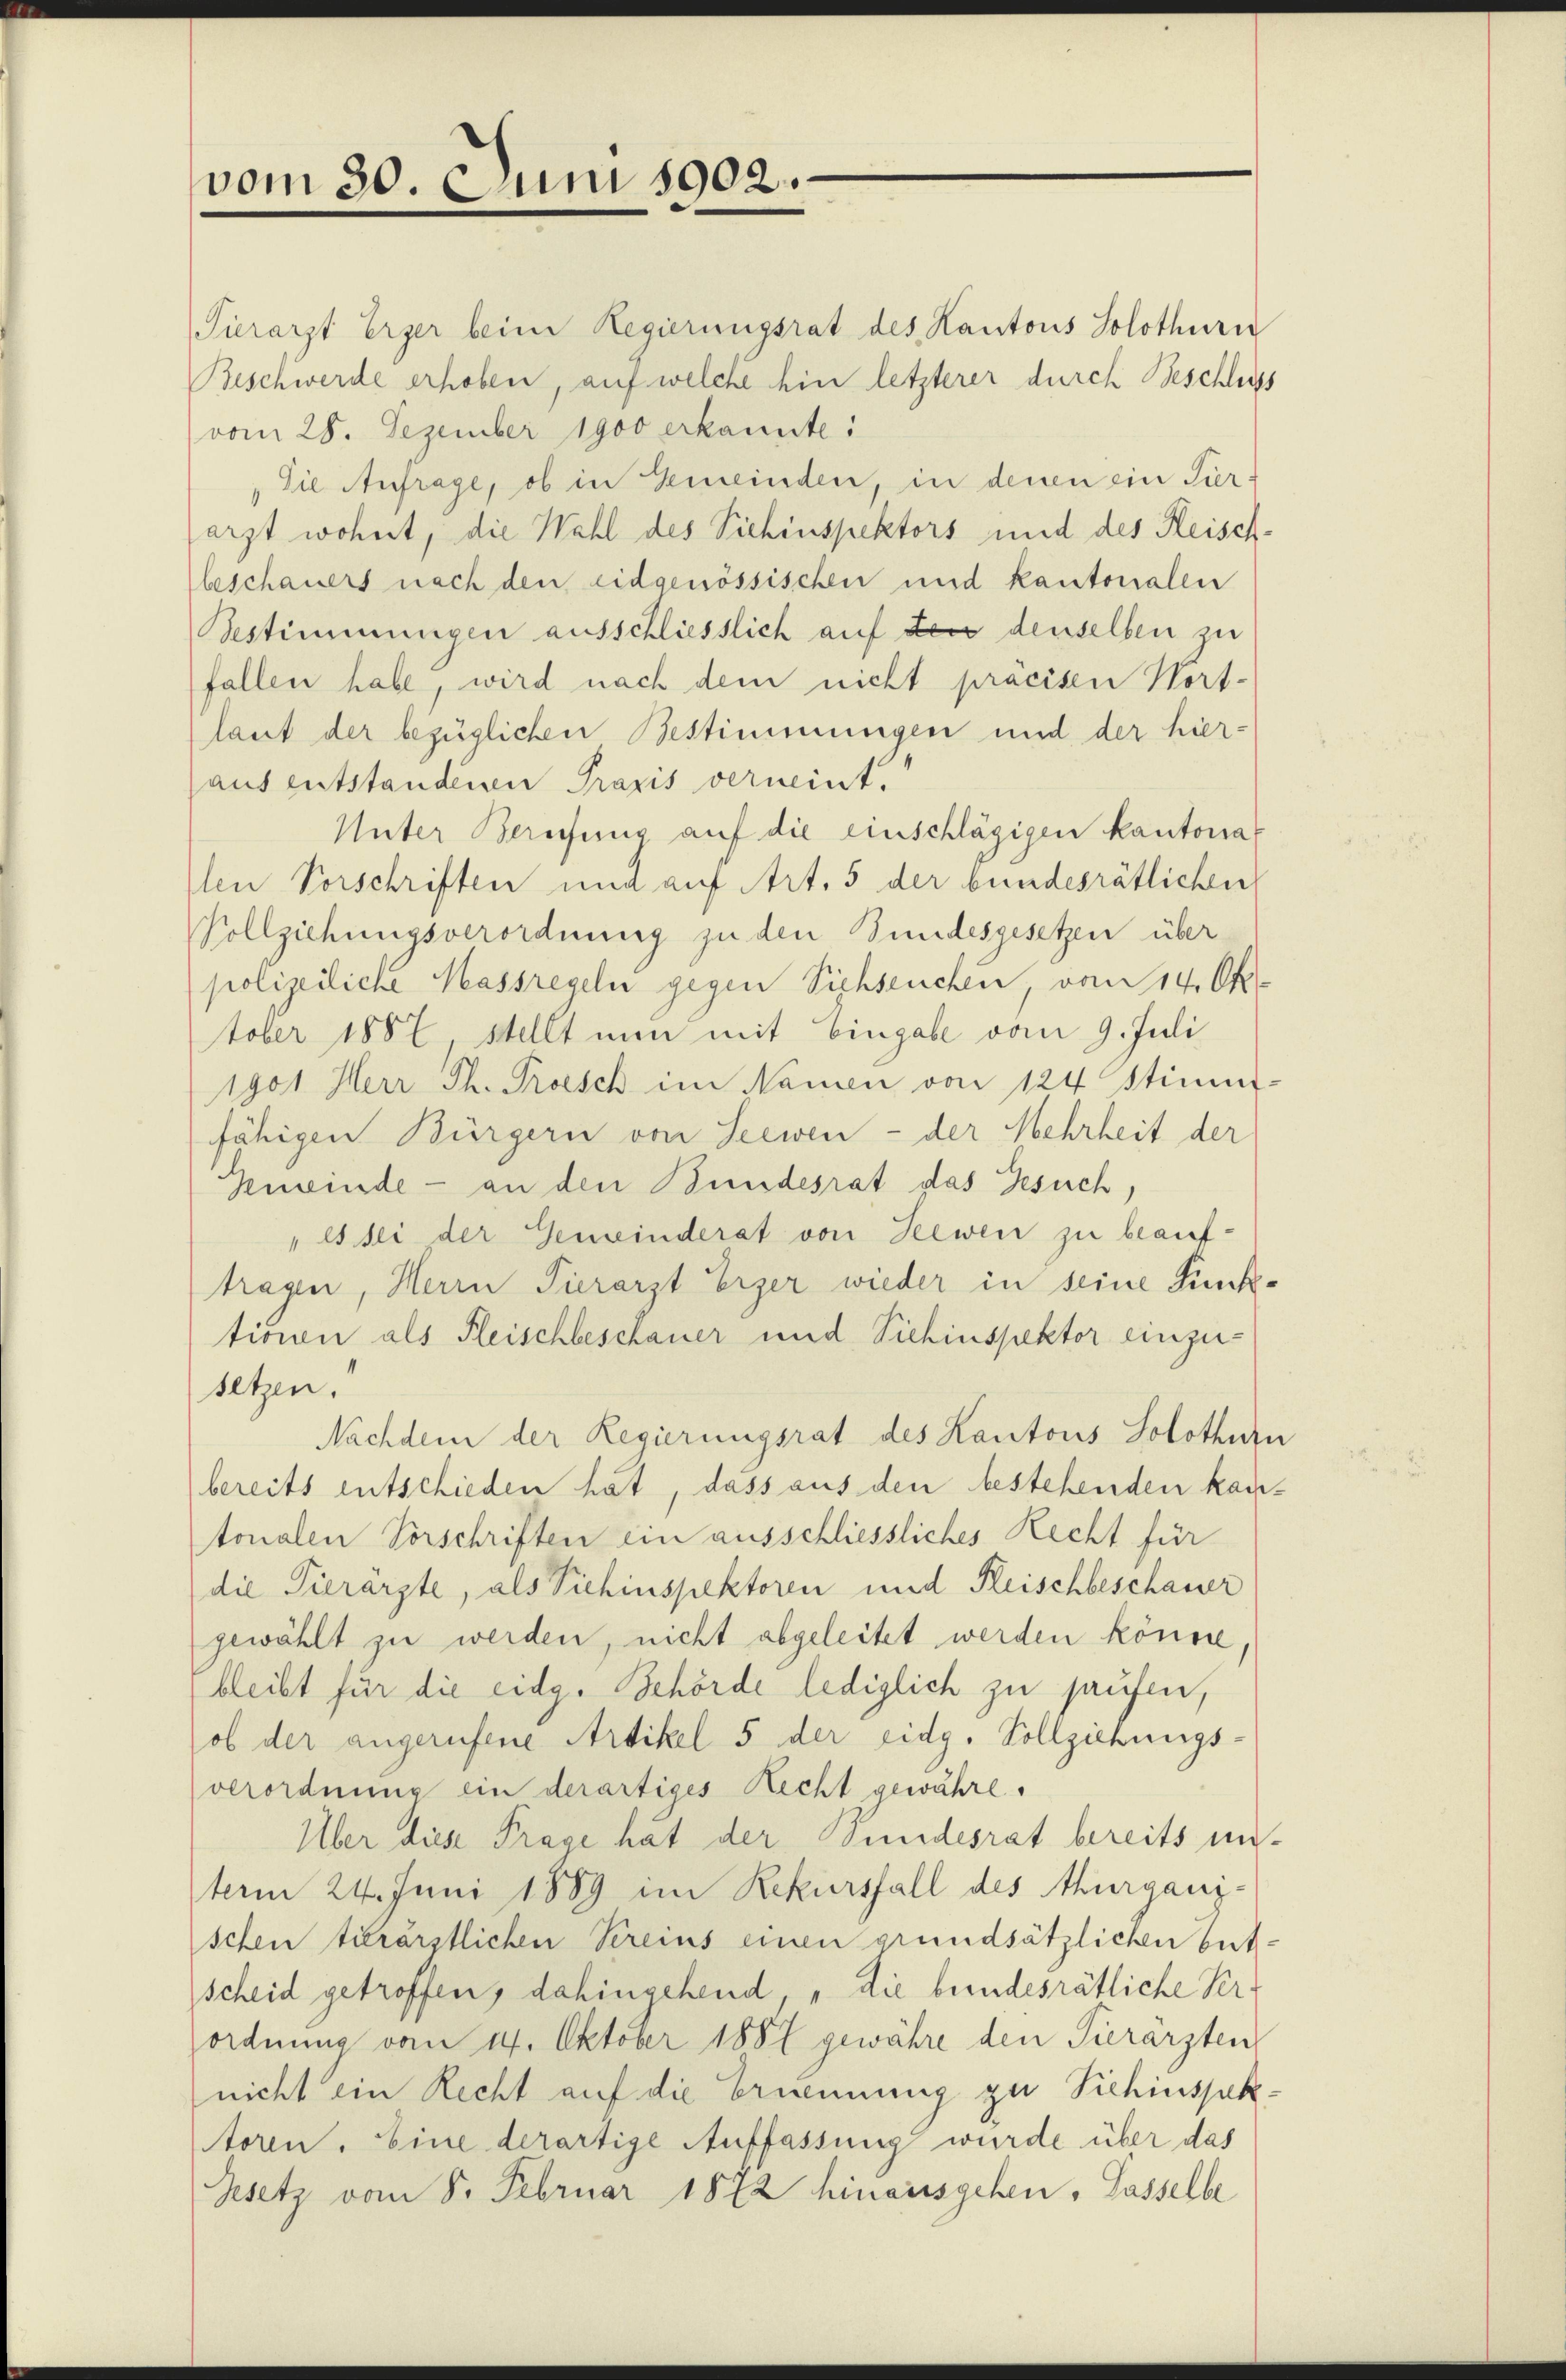
vom 30. Juni 1902.

Tierarzt Erzer beim Regierungsrat des Kantons Solothurn
Beschwerde erhoben, auf welche hin letzterer durch Beschluss
(vom 28. Dezember 1900 erkannte:
Die Anfrage, ob in Gemeinden, in denen ein Pierarzt wohnt, die Wahl des Sichinspektors und des Heisch-
beschauers nach den eidgenössischen und kantonalen
Bestimmungen ausschliesslich auf der denselben zu
fallen habe, wird nach dem nicht pracisen Wort-
laut der bezüglichen Bestimmungen und der hier-
aus entstandenen Praxis verneint.
Unter Berufung auf die einschlägigen kantonas
den Vorschriften und auf Art. 5 der bundesrätlichen
Vollziehungsverordnung zu den Bundesgesetzen über
polizeiliche Massregeln gegen Siehseuchen, von 14. Ok-
tober 1887 stellt nun mit Eingabe vom 9. Juli
1901 Herr Th. Prosch im Namen von 124 Stimm-
fähigen Bürgern von Seewen - der Mehrheit der
Gmeinde - an den Bundesrat das Gesuch,
"Es sei der Gemeinderat von Seewen zu beauftragen, Herrn Tierarzt Erzer wieder in seine Punktionen als Fleischbeschauer und Sichinspektor einzusetzen.
Nachdem der Regierungsrat des Kantons Solothurn
bereits entschieden hat, dass aus den bestehenden kautonalen Vorschriften ein ausschliessliches Recht für
die Tierarzte, als Viehinspektoren und Reischbeschauer
gewählt zu werden, nicht abgeleitet werden könne.
bleibt für die eidg. Behörde lediglich zu haufen,
ob der angerufene Artikel 5 der eidg. Vollziehungs-
verordnung ein derartiges Recht gewähre
Über diese Frage hat der Sundesrat bereits unterm 24. Juni 1889 im Rekursfall des Murgani-
schen tierärztlichen Vereins einen grundsätzlichen Ent-
scheid getroffen, dahingehend, „die bundesrätliche Perordnung vom 14. Oktober 1881 gewähre den Pierärzten
nicht ein Recht auf die Ernennung zu Sichinspektoren. Eine derartige Auffassung wurde über das
Zsetz vom 8. Februar 1872 hinausgehen. Casselbe